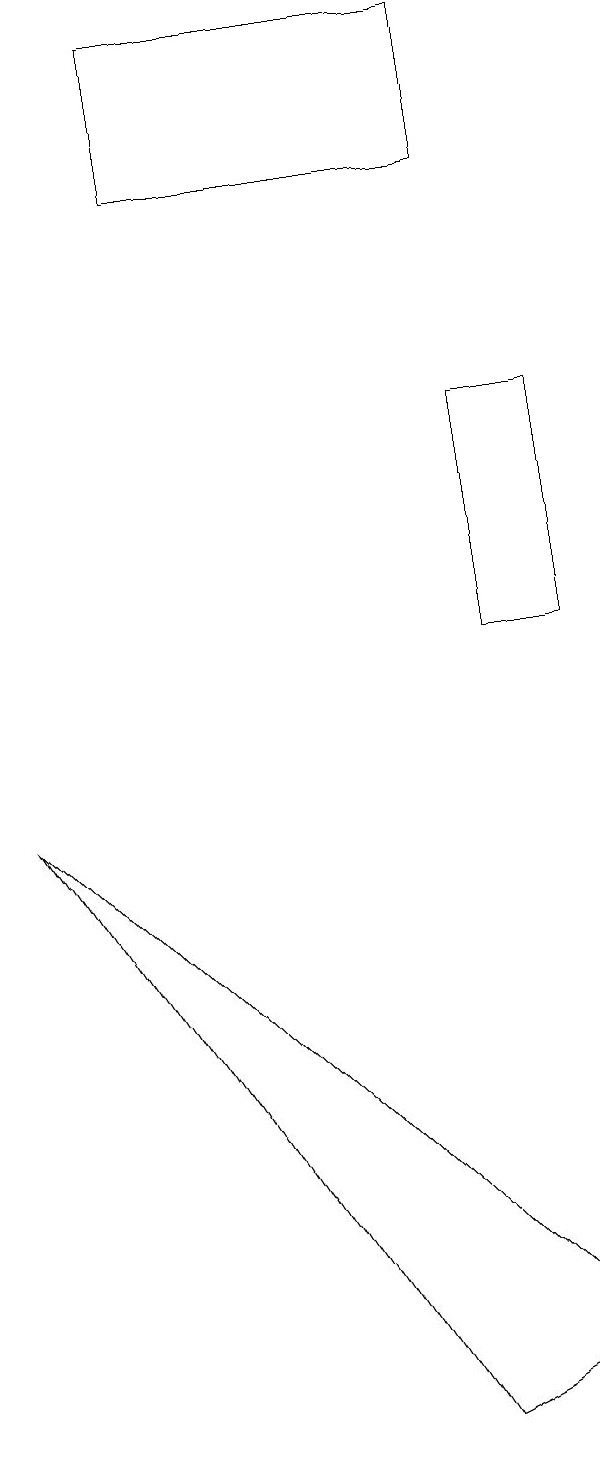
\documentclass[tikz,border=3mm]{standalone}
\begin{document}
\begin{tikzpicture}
\draw (8,11) rectangle (7,14);
\draw (7,19) rectangle (3,17);
\draw (1,9) -- (8,2) -- (6,1) -- cycle;
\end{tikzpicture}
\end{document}